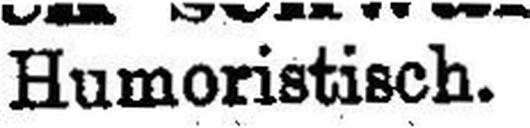
Humoristisch.